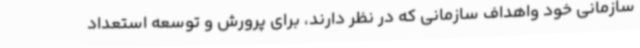
سازمانی خود واهداف سازمانی که در نظر دارند، برای پرورش و توسعه استعداد